Annual report on the mental hospital in the Central Provinces and Berar (Nagpur) - 1927-1951
Year: 1927
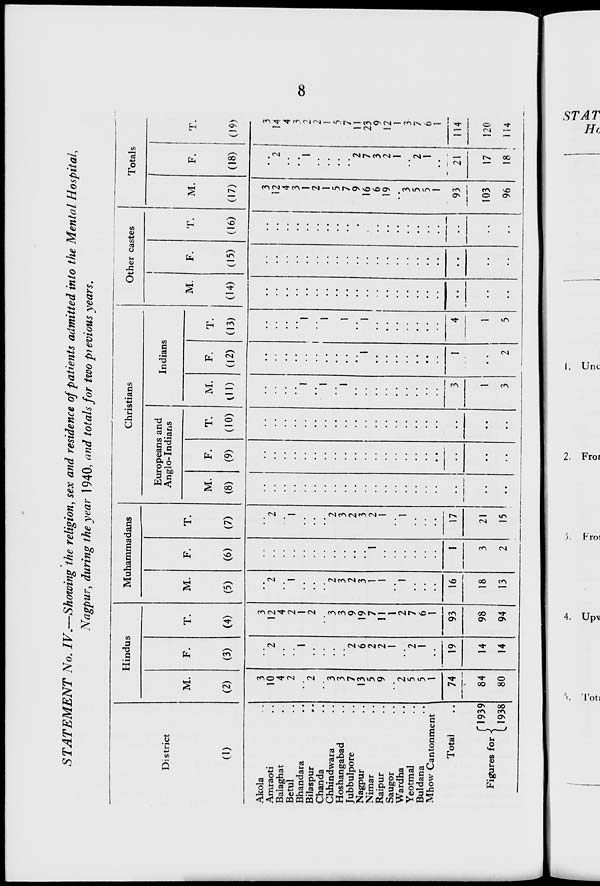
STATEMENT No. IV,—Showing the religion, sex and residence of patients admitted into the Mental Hospital,
Nagpur, during the year 1940, and totals for two pj evious years.
Hindus
Muhammadans
Christians
Other castes
Totals
|
Europeans and
Indians
District
M.
F.
T.
M.
F
Anglo-Indians
M.
F.
T.
M.
F.
T.
T.
M.
F.
T.
M.
F.
T.
(D
(2)
(3)
(4)
(5)
(6)
(7)
(8)
(9)
(10) 01) (12) (13)
(14) (15) (16) (17) (18) (19)
Akola
3
3
3
3
Amraoti
10
2
12
2
2
12
2
14
Balaghat
4
4
..
. .
.
.
4
4
Bctul
2
2
1
1
3
3
Bhandara
1
1
1
1
1
1
2
Bilaspur
2
2
. •
..
.. I
2
2
Chanda
1
1
1
!
Chhindwara
3
3
2
2
5
5
Hoshangabad
3
3
3
3
1
1
7
7
Jubbulpore
7
2
9
2
.
2
..
,.
9
2
11
Nagpur
13
6
19
3
3
1
1
16
7
23
Nimar
5
2
7
1
1
2
6
3
9
Raipur
9
2
11
1
1
. ,
19
2
12
Saugor
1
1
. .
1
1
Wardha
2
2
1
1
3
3
Yeotmal
5
2
7
5
2
7
Buldana
5
1
6
.
.
5
1
6
Mhow Cantonment
1
19
1
17
.
3
————.
1
93
103
21
17
1
Total
74
)
84
93
16
1
••
1
4
1
• •
114
(*193<
14
98
18
3
21
1
120
Figures for <
11936 1
80
14
94
13
2
15
•
3
2
5
96
18 f 114
oc
a
•a
-t
o
11
l-l
o
3
5?^